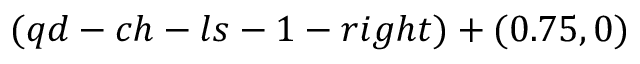
( q d - c h - l s - 1 - r i g h t ) + ( 0 . 7 5 , 0 )